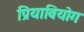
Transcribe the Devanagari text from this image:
प्रियावियोग